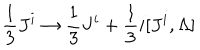
{ \frac { 1 } { 3 } } J ^ { i } \to { \frac { 1 } { 3 } } J ^ { i } + { \frac { 1 } { 3 } } i [ J ^ { i } , \Lambda ]